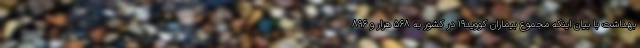
بهداشت با بیان اینکه مجموع بیماران کووید۱۹ در کشور به ۵۶۸ هزار و ۸۹۶